Vaccination in the Punjab 1905-1918 - 1905-1918
Year: 1905
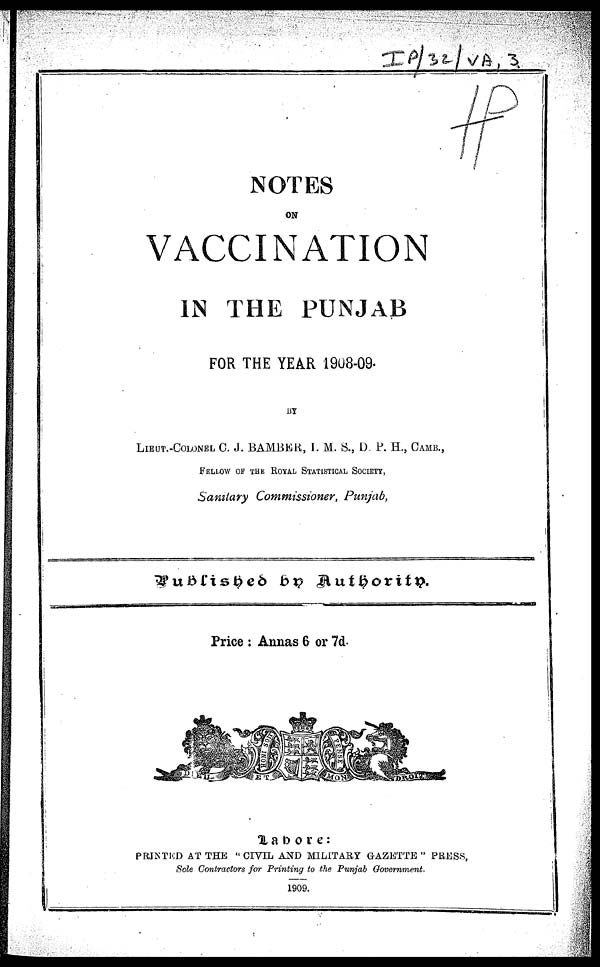
NOTES
ON
VACCINATION
IN THE PUNJAB
FOR THE YEAR 1908-09.
BY
LIEUT.-COLONEL C. J. BAMBER, I. M. S., D. P. H., CAMB.,
FELLOW OF THE ROYAL STATISTICAL SOCIETY,
Sanitary Commissioner, Punjab,
Published by Authority.
Price : Annas & or 7d.
Lahore:
PRINTED AT THE "CIVIL AND MILITARY GAZETTE" PRESS,.
Sole Contractors for Printing to the Punjab Government.
1909.